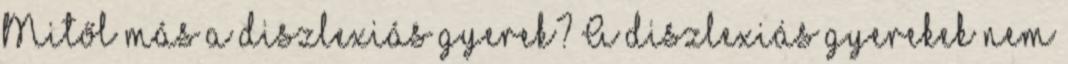
Mitől más a diszlexiás gyerek? A diszlexiás gyerekek nem